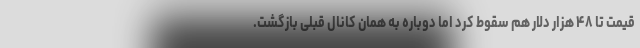
قیمت تا ۴۸ هزار دلار هم سقوط کرد اما دوباره به همان کانال قبلی بازگشت.